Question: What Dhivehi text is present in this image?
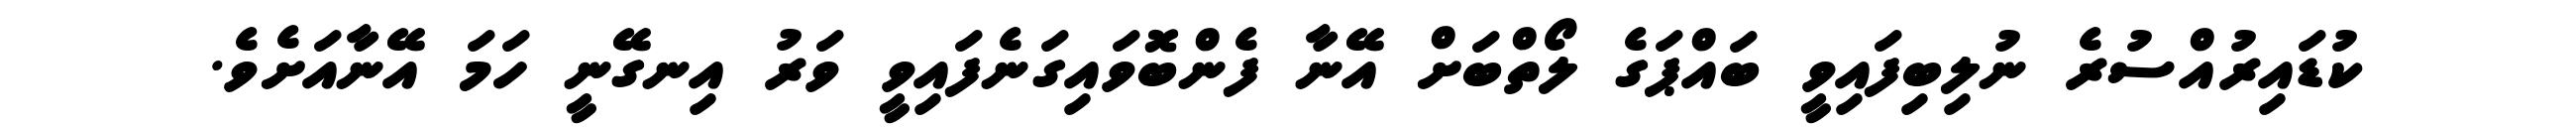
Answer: ކުޑައިރުއްސުރެ ނުލިބިފައިވީ ބައްޕަގެ ލޯތްބަށް އޭނާ ފެންބޮވައިގަނެފައިވީ ވަރު އިނގޭނީ ހަމަ އޭނާއަށެވެ.